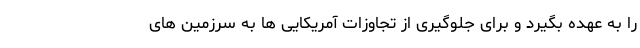
را به عهده بگیرد و برای جلوگیری از تجاوزات آمریکایی ها به سرزمین های